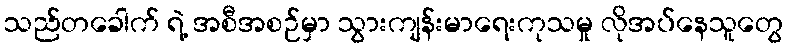
သည်တခေါက် ရဲ့ အစီအစဉ်မှာ သွားကျန်းမာရေးကုသမှု လိုအပ်နေသူတွေ